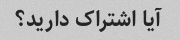
آیا اشتراک دارید؟